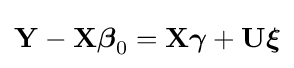
\mathbf {Y} -\mathbf {X} {\boldsymbol {\beta }}_{0}=\mathbf {X} {\boldsymbol {\gamma }}+\mathbf {U} {\boldsymbol {\xi }}